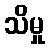
သိမှု